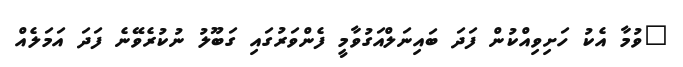
"ވުމާ އެކު ހަށިވިއްކުން ފަދަ ބައިނަލްއަގުވާމީ ފެންވަރުގައި ގަބޫލު ނުކުރެވޭނެ ފަދަ އަމަލެއް